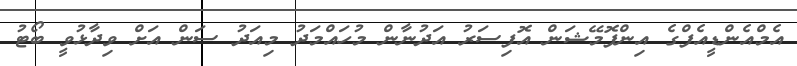
އެމްއެންޑީއެފްގެ އިންފޮމޭޝަން އޮފިސަރު އަދުނާން މުހައްމަދު މިއަދު ސަން އަށް ވިދާޅުވީ ބޯޓު